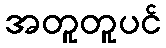
အတူတူပင်